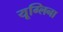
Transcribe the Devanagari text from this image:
यूग्लिना